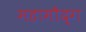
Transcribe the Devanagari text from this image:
महामौद्ग